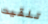
تلقيت